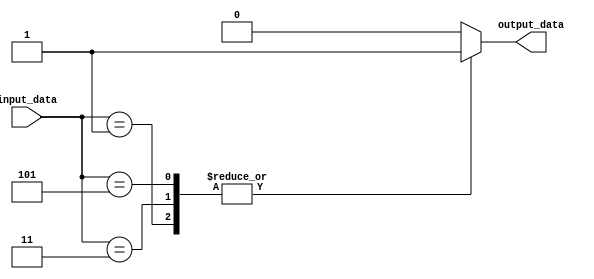
module behavioral_modeling_example (
    input wire [2:0] input_data,
    output reg output_data
);

always @* begin
    case(input_data)
        3'b000: output_data = 1'b0;
        3'b001: output_data = 1'b1;
        3'b010: output_data = 1'b0;
        3'b011: output_data = 1'b1;
        3'b100: output_data = 1'b0;
        3'b101: output_data = 1'b1;
        default: output_data = 1'b0;
    endcase
end

endmodule